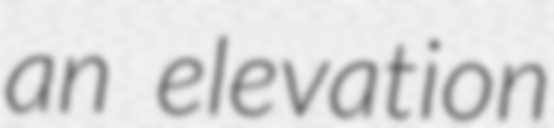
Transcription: an elevation